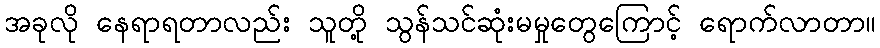
အခုလို နေရာရတာလည်း သူတို့ သွန်သင်ဆုံးမမှုတွေကြောင့် ရောက်လာတာ။